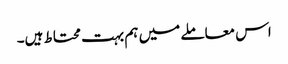
اس معاملے میں ہم بہت محتاط ہیں۔